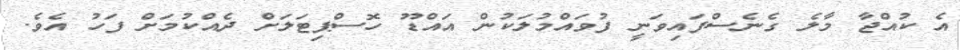
އެ ކުއްޖާ މާލެ ގެނެސްފައިވަނީ ފުވައްމުލަކުން އައްޑޫ ހޮސްޕިޓަލަށް ދެއްކުމަށް ފަހު އެވެ.